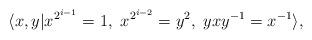
LaTeX: \begin{align*}\langle{x,y}|x^{2^{i-1}}=1,~x^{2^{i-2}}=y^2,~yxy^{-1}=x^{-1}\rangle,\end{align*}